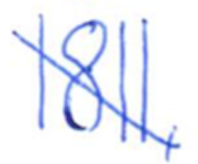
Text: 1811,
Cross-out: diagonal
Writing tool: ballpoint